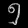
Digit: ၅